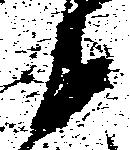
衛